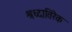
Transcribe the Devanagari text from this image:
श्रध्दातिरेक